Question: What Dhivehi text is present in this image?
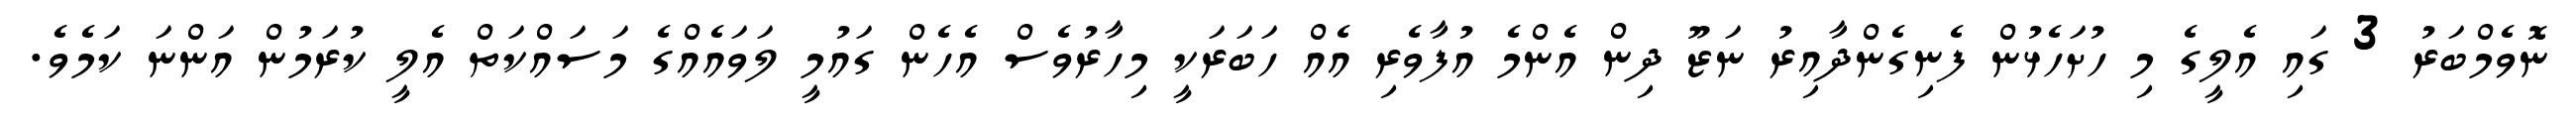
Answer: ނޮވެމްބަރު 3 ގައި އެލީގެ މި ހުށަހެޅުން ފެނިގެންދާއިރު ނަޒޫ ދިން އެންމެ އުފާވެރި އެއް ހަބަރަކީ މިހާރުވެސް އެހެން ގައުމީ ލަވައެއްގެ މަސައްކަތް އެލީ ކުރަމުން އަންނަ ކަމެވެ.